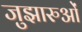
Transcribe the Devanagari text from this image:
जुझारुओं